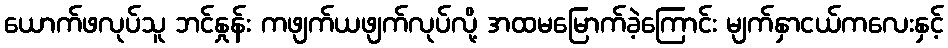
ယောက်ဖလုပ်သူ ဘင်နှုန်း ကဖျက်ယဖျက်လုပ်လို့ အထမမြောက်ခဲ့ကြောင်း မျက်နှာငယ်ကလေးနှင့်